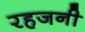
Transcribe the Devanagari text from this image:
रहजनी